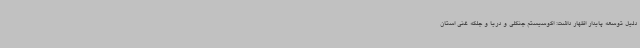
دلیل توسعه پایدار اظهار داشت: اکوسیستم جنگلی و دریا و جلگه غنی استان